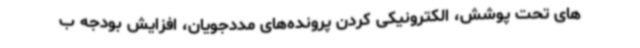
های تحت پوشش، الکترونیکی کردن پرونده‌های مددجویان، افزایش بودجه ب